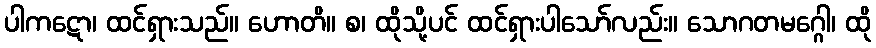
ပါကဋော၊ ထင်ရှားသည်။ ဟောတိ။ စ၊ ထိုသို့ပင် ထင်ရှားပါသော်လည်း။ သောဂတမဂ္ဂေါ၊ ထို